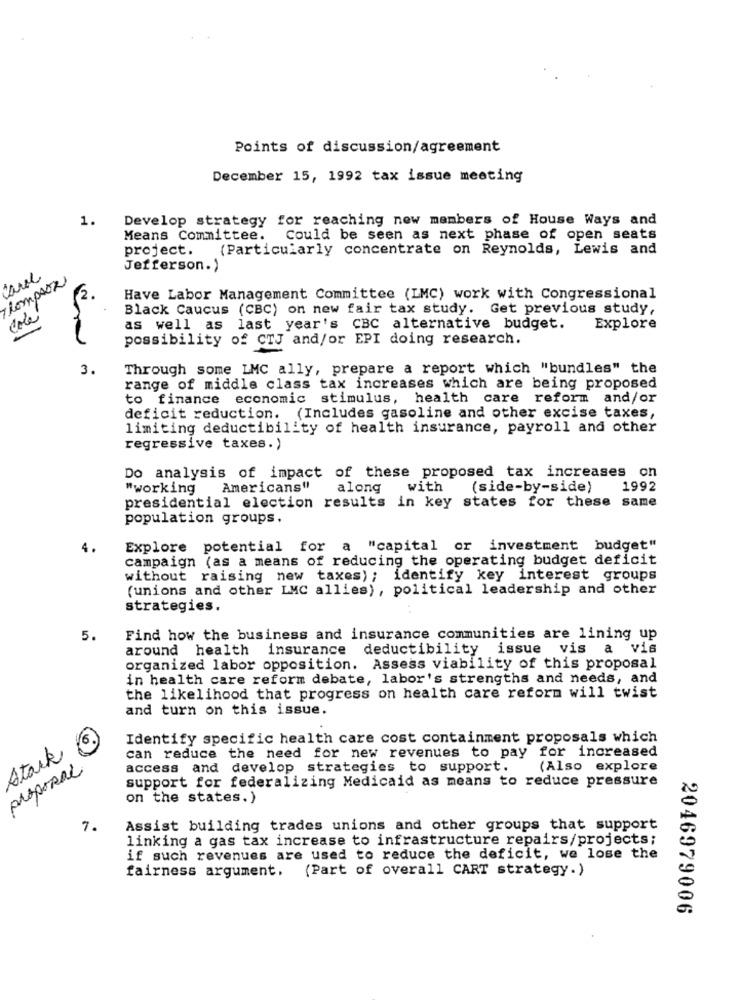
Points of discussion/agreement
December 15, 1992 tax issue meeting
1.
Develop strategy for reaching new members of House Ways and
Means Committee. Could be seen as next phase of open seats
project.
(Particularly concentrate on Reynolds, Lewis and
Jefferson. )
Thompson
Have Labor Management Committee (IMC) work with Congressional
Cole
Black Caucus (CBC) on new fair tax study. Get previous study,
as well as last year's CBC alternative budget.
Explore
possibility of CTJ and/or EPI doing research.
3.
Through some LMC ally, prepare a report which "bundles" the
range of middle class tax increases which are being proposed
to finance economic stimulus, health care reform and/or
deficit reduction. (Includes gasoline and other excise taxes,
limiting deductibility of health insurance, payroll and other
regressive taxes. )
Do analysis of impact of these proposed tax increases on
"working
Americans"
along
with
(side-by-side)
1992
presidential election results in key states for these same
population groups.
4.
Explore potential for a "capital or investment budget"
campaign (as a means of reducing the operating budget deficit
without raising new taxes); identify key interest groups
(unions and other LMC allies), political leadership and other
strategies.
5.
Find how the business and insurance communities are lining up
around health insurance deductibility issue vis a vis
organized labor opposition. Assess viability of this proposal
in health care reform debate, labor's strengths and needs, and
the likelihood that progress on health care reform will twist
and turn on this issue.
Identify specific health care cost containment proposals which
Stark
can reduce the need for new revenues to pay for increased
proposal
access and develop strategies to support.
(Also explore
support for federalizing Medicaid as means to reduce pressure
on the states.)
7.
Assist building trades unions and other groups that support
linking a gas tax increase to infrastructure repairs/projects;
if such revenues are used to reduce the deficit, we lose the
fairness argument.
(Part of overall CART strategy.)
2046979006